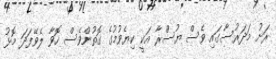
ރަށު މަދަރުސާގައި ވެސް ޔުސްރާ އަކީ ކިޔެވުމުގެ ގޮތުންވެސް ހޮވާ ލެވޭފަދަ މޮޅު